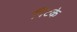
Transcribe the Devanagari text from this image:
पिटके